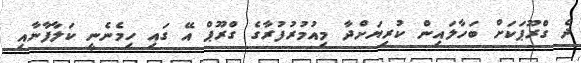
ދެ ގްރޫޕަކަށް ބަހާލައިން ކުރިޔަށްދާ މިއުމުރުފުރާގެ ގްރޫޕް އޭ ގައި ހިމެނެނީ ކަލާފާނާއި